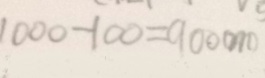
1 0 0 0 - 1 0 0 = 9 0 0 0 m